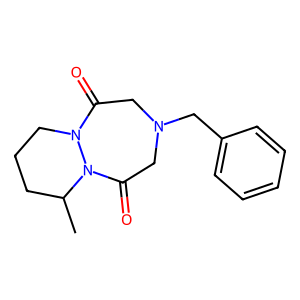
SMILES: CC1CCCN2C(=O)CN(Cc3ccccc3)CC(=O)N12
Inhibits HIV replication: No